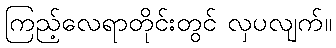
ကြည့်လေရာတိုင်းတွင် လှပလျက်။